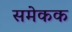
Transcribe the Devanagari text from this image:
समेकक